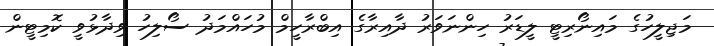
މަޖިލީހުގެ މައިނޯރިޓީ ލީޑަރު ހިންނަވަރު ދާއިރާގެ އިބްރާހީމް މުހައްމަދު ސޯލިހު ވިދާޅުވީ ކޮމިޓީން